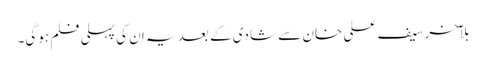
بلآخر سیف علی خان سے شادی کے بعد یہ ان کی پہلی فلم ہوگی۔